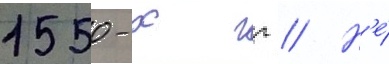
1550-х гг // Н'е́